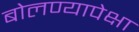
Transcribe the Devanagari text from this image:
बोलण्यापेक्षा